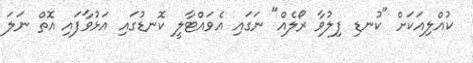
ކުއްލިއަކަށް "ކުނޑި ފިލުވާ ރޯލެއް" ނަގައި އެވައްޓާލީ ކޮނޑުގައި އަޅުވާފައި އޮތް ނަލަ